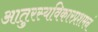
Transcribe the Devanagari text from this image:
आतुरस्यविकारप्रशमनं